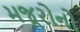
મજૂરોનો